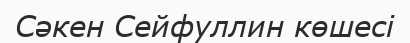
Сәкен Сейфуллин көшесі